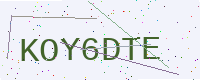
Text: KOY6DTE